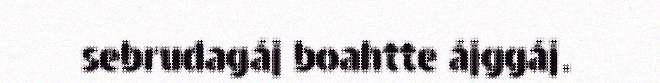
sebrudagáj boahtte ájggáj.